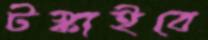
টস্‌কাইবে